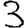
Digit: 3